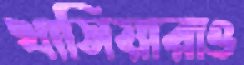
খাসিয়ারাও